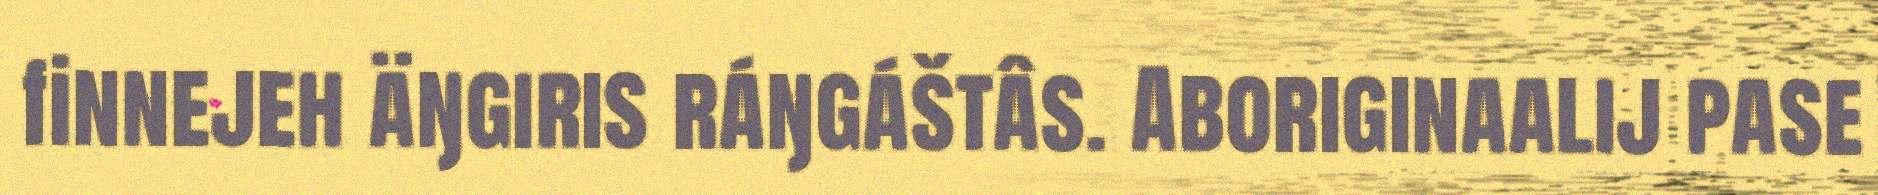
finnejeh äŋgiris ráŋgáštâs. Aboriginaalij pase